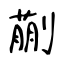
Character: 蒯